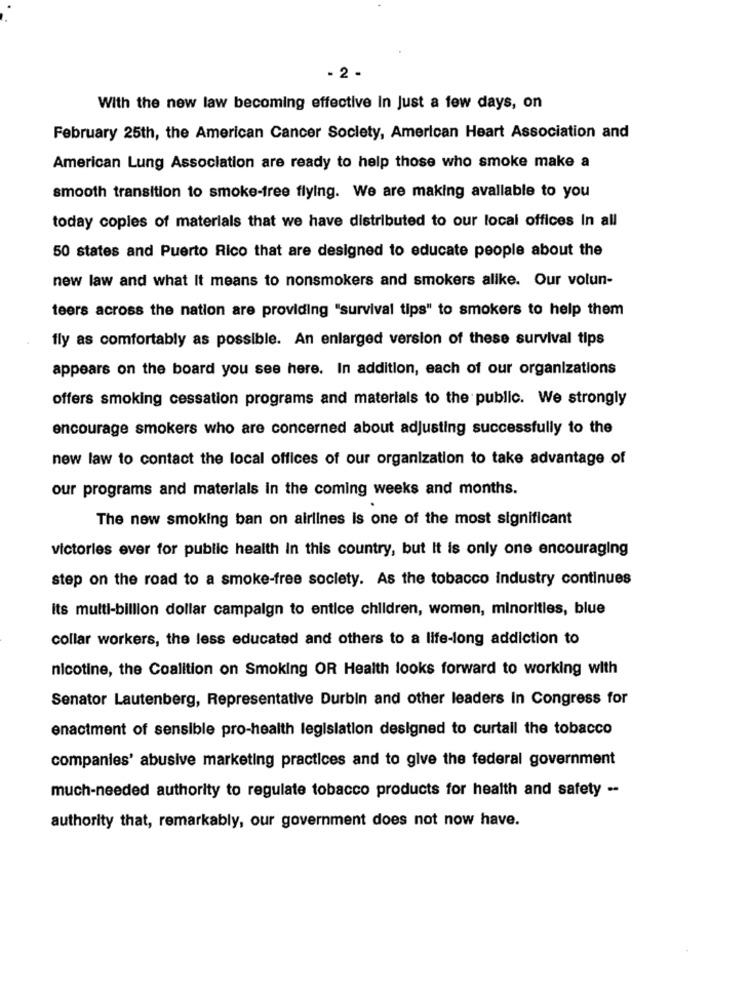
- 2 -
With the new law becoming effective in Just a few days, on
February 25th, the American Cancer Society, American Heart Association and
American Lung Association are ready to help those who smoke make a
smooth transition to smoke-free flying. We are making available to you
today copies of materials that we have distributed to our local offices In all
50 states and Puerto Rico that are designed to educate people about the
new law and what It means to nonsmokers and smokers alike. Our volun-
teers across the nation are providing "survival tips" to smokers to help them
fly as comfortably as possible. An enlarged version of these survival tips
appears on the board you see here. In addition, each of our organizations
offers smoking cessation programs and materials to the public. We strongly
encourage smokers who are concerned about adjusting successfully to the
new law to contact the local offices of our organization to take advantage of
our programs and materials in the coming weeks and months.
The new smoking ban on airlines is one of the most significant
victories ever for public health in this country, but It is only one encouraging
step on the road to a smoke-free society. As the tobacco industry continues
its multi-billion dollar campaign to entice children, women, minorities, blue
collar workers, the less educated and others to a life-long addiction to
nicotine, the Coalition on Smoking OR Health looks forward to working with
Senator Lautenberg, Representative Durbin and other leaders in Congress for
enactment of sensible pro-health legislation designed to curtail the tobacco
companies' abusive marketing practices and to give the federal government
much-needed authority to regulate tobacco products for health and safety .-
authority that, remarkably, our government does not now have.